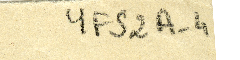
YFS2A-1